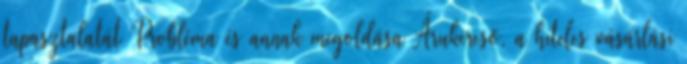
tapasztalatát Probléma és annak megoldása Árukereső, a hiteles vásárlási